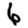
Digit: 6